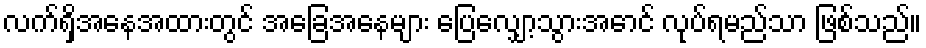
လက်ရှိအနေအထားတွင် အခြေအနေများ ပြေလျှော့သွားအောင် လုပ်ရမည်သာ ဖြစ်သည်။